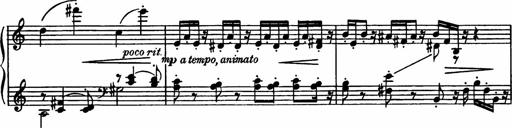
Title: Sonatilla
Composer: Mortimer Wilson
Key: C major